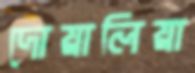
দোয়ালিয়া